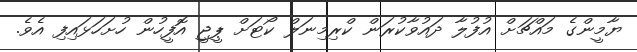
ޔާމީންގެ މައްޗަށް އުފުލާ ދައުވާކުރަން ކްރިމިނަލް ކޯޓަށް ޕީޖީ އޮފީހުން ހުށަހަޅައިފި އެވެ.